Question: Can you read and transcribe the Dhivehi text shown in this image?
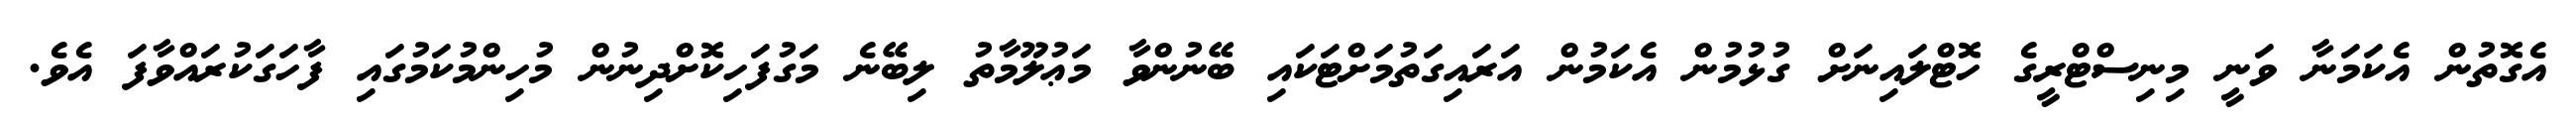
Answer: އެގޮތުން އެކަމަނާ ވަނީ މިނިސްޓްރީގެ ހޮޓްލައިނަށް ގުޅުމުން އެކަމުން އަރައިގަތުމަށްޓަކައި ބޭނުންވާ މަޢުލޫމާތު ލިބޭނެ މަގުފަހިކޮށްދިނުން މުހިންމުކަމުގައި ފާހަގަކުރައްވާފަ އެވެ.